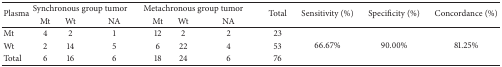
| <ROWSPAN=2> Plasma | <COLSPAN=3> Synchronous group tumor | <COLSPAN=3> Metachronous group tumor | <ROWSPAN=2> Total | <ROWSPAN=2> Sensitivity (%) | <ROWSPAN=2> Specificity (%) | <ROWSPAN=2> Concordance (%) |
 | Mt | Wt | NA | Mt | Wt | NA |
 | --- | --- | --- | --- | --- | --- | --- | --- | --- | --- | --- |
 | Mt | 4 | 2 | 1 | 12 | 2 | 2 | 23 | <ROWSPAN=3> 66.67% | <ROWSPAN=3> 90.00% | <ROWSPAN=3> 81.25% |
 | Wt | 2 | 14 | 5 | 6 | 22 | 4 | 53 |
 | Total | 6 | 16 | 6 | 18 | 24 | 6 | 76 |